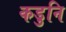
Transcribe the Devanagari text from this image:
कडुनि